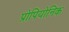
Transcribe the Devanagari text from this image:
प्रोपियोनिक